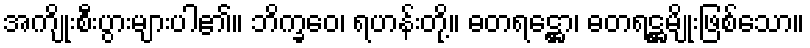
အကျိုးစီးပွားများပါ၏။ ဘိက္ခဝေ၊ ရဟန်းတို့။ ဓတရဋ္ဌော၊ ဓတရဋ္ဌမျိုးဖြစ်သော။